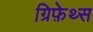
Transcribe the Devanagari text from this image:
ग्रिफ़ेथ्स